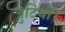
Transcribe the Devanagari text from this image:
त्रुटियों।